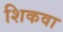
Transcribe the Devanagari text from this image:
शिकवा